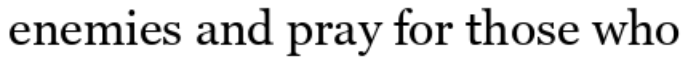
enemies and pray for those who